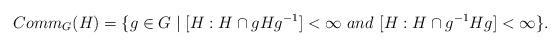
LaTeX: \begin{align*}Comm_G (H)=\{ g\in G\mid [H:H\cap gHg^{-1} ]<\infty ~and ~[H:H\cap g^{-1} Hg]<\infty\}.\end{align*}